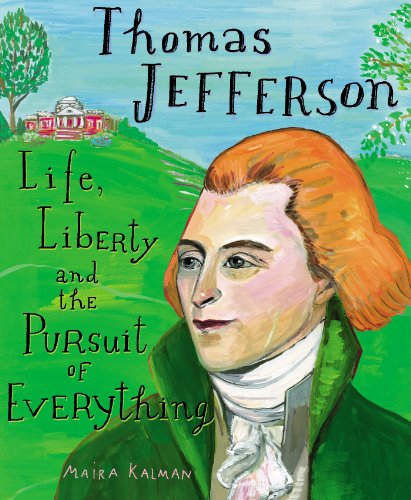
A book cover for Thomas Jefferson: Life, Liberty and the Pursuit of Everything; Maira Kalman; Children's Books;